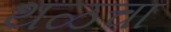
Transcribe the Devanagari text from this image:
थळचा